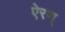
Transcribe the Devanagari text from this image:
ऐरण्